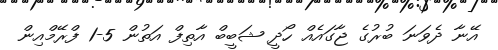
އޭނާ ދެވަނަ ބުރުގެ ޖާގައެއް ހޯދީ ޝަބީބް އާތިފް އަތުން 5-1 ފްރޭމްއިން